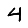
Digit: 4